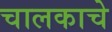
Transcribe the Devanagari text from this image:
चालकाचे